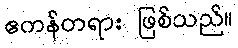
ဧကန်တရား ဖြစ်သည်။